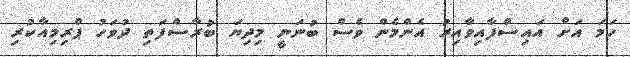
ހަމަ އަށް އައިސްފާއިވާއިރު އެންމެން ވެސް ބުނަނީ މިދިޔަ ބުރާސްފަތި ދުވަހު ޕްރިމިއާކުރި